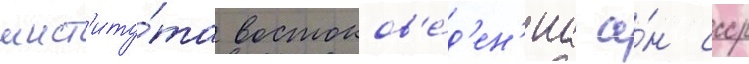
инст'иту́та востоков'е́д'ен'иа а́н ссср